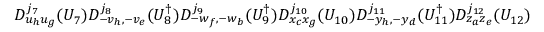
D _ { u _ { h } u _ { g } } ^ { j _ { 7 } } ( U _ { 7 } ) D _ { - v _ { h } , - v _ { e } } ^ { j _ { 8 } } ( U _ { 8 } ^ { \dagger } ) D _ { - w _ { f } , - w _ { b } } ^ { j _ { 9 } } ( U _ { 9 } ^ { \dagger } ) D _ { x _ { c } x _ { g } } ^ { j _ { 1 0 } } ( U _ { 1 0 } ) D _ { - y _ { h } , - y _ { d } } ^ { j _ { 1 1 } } ( U _ { 1 1 } ^ { \dagger } ) D _ { z _ { a } z _ { e } } ^ { j _ { 1 2 } } ( U _ { 1 2 } )